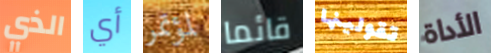
الذي أي لمؤتمر قائما تقولينها الأداة